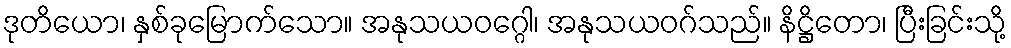
ဒုတိယော၊ နှစ်ခုမြောက်သော။ အနုသယဝဂ္ဂေါ၊ အနုသယဝဂ်သည်။ နိဋ္ဌိတော၊ ပြီးခြင်းသို့